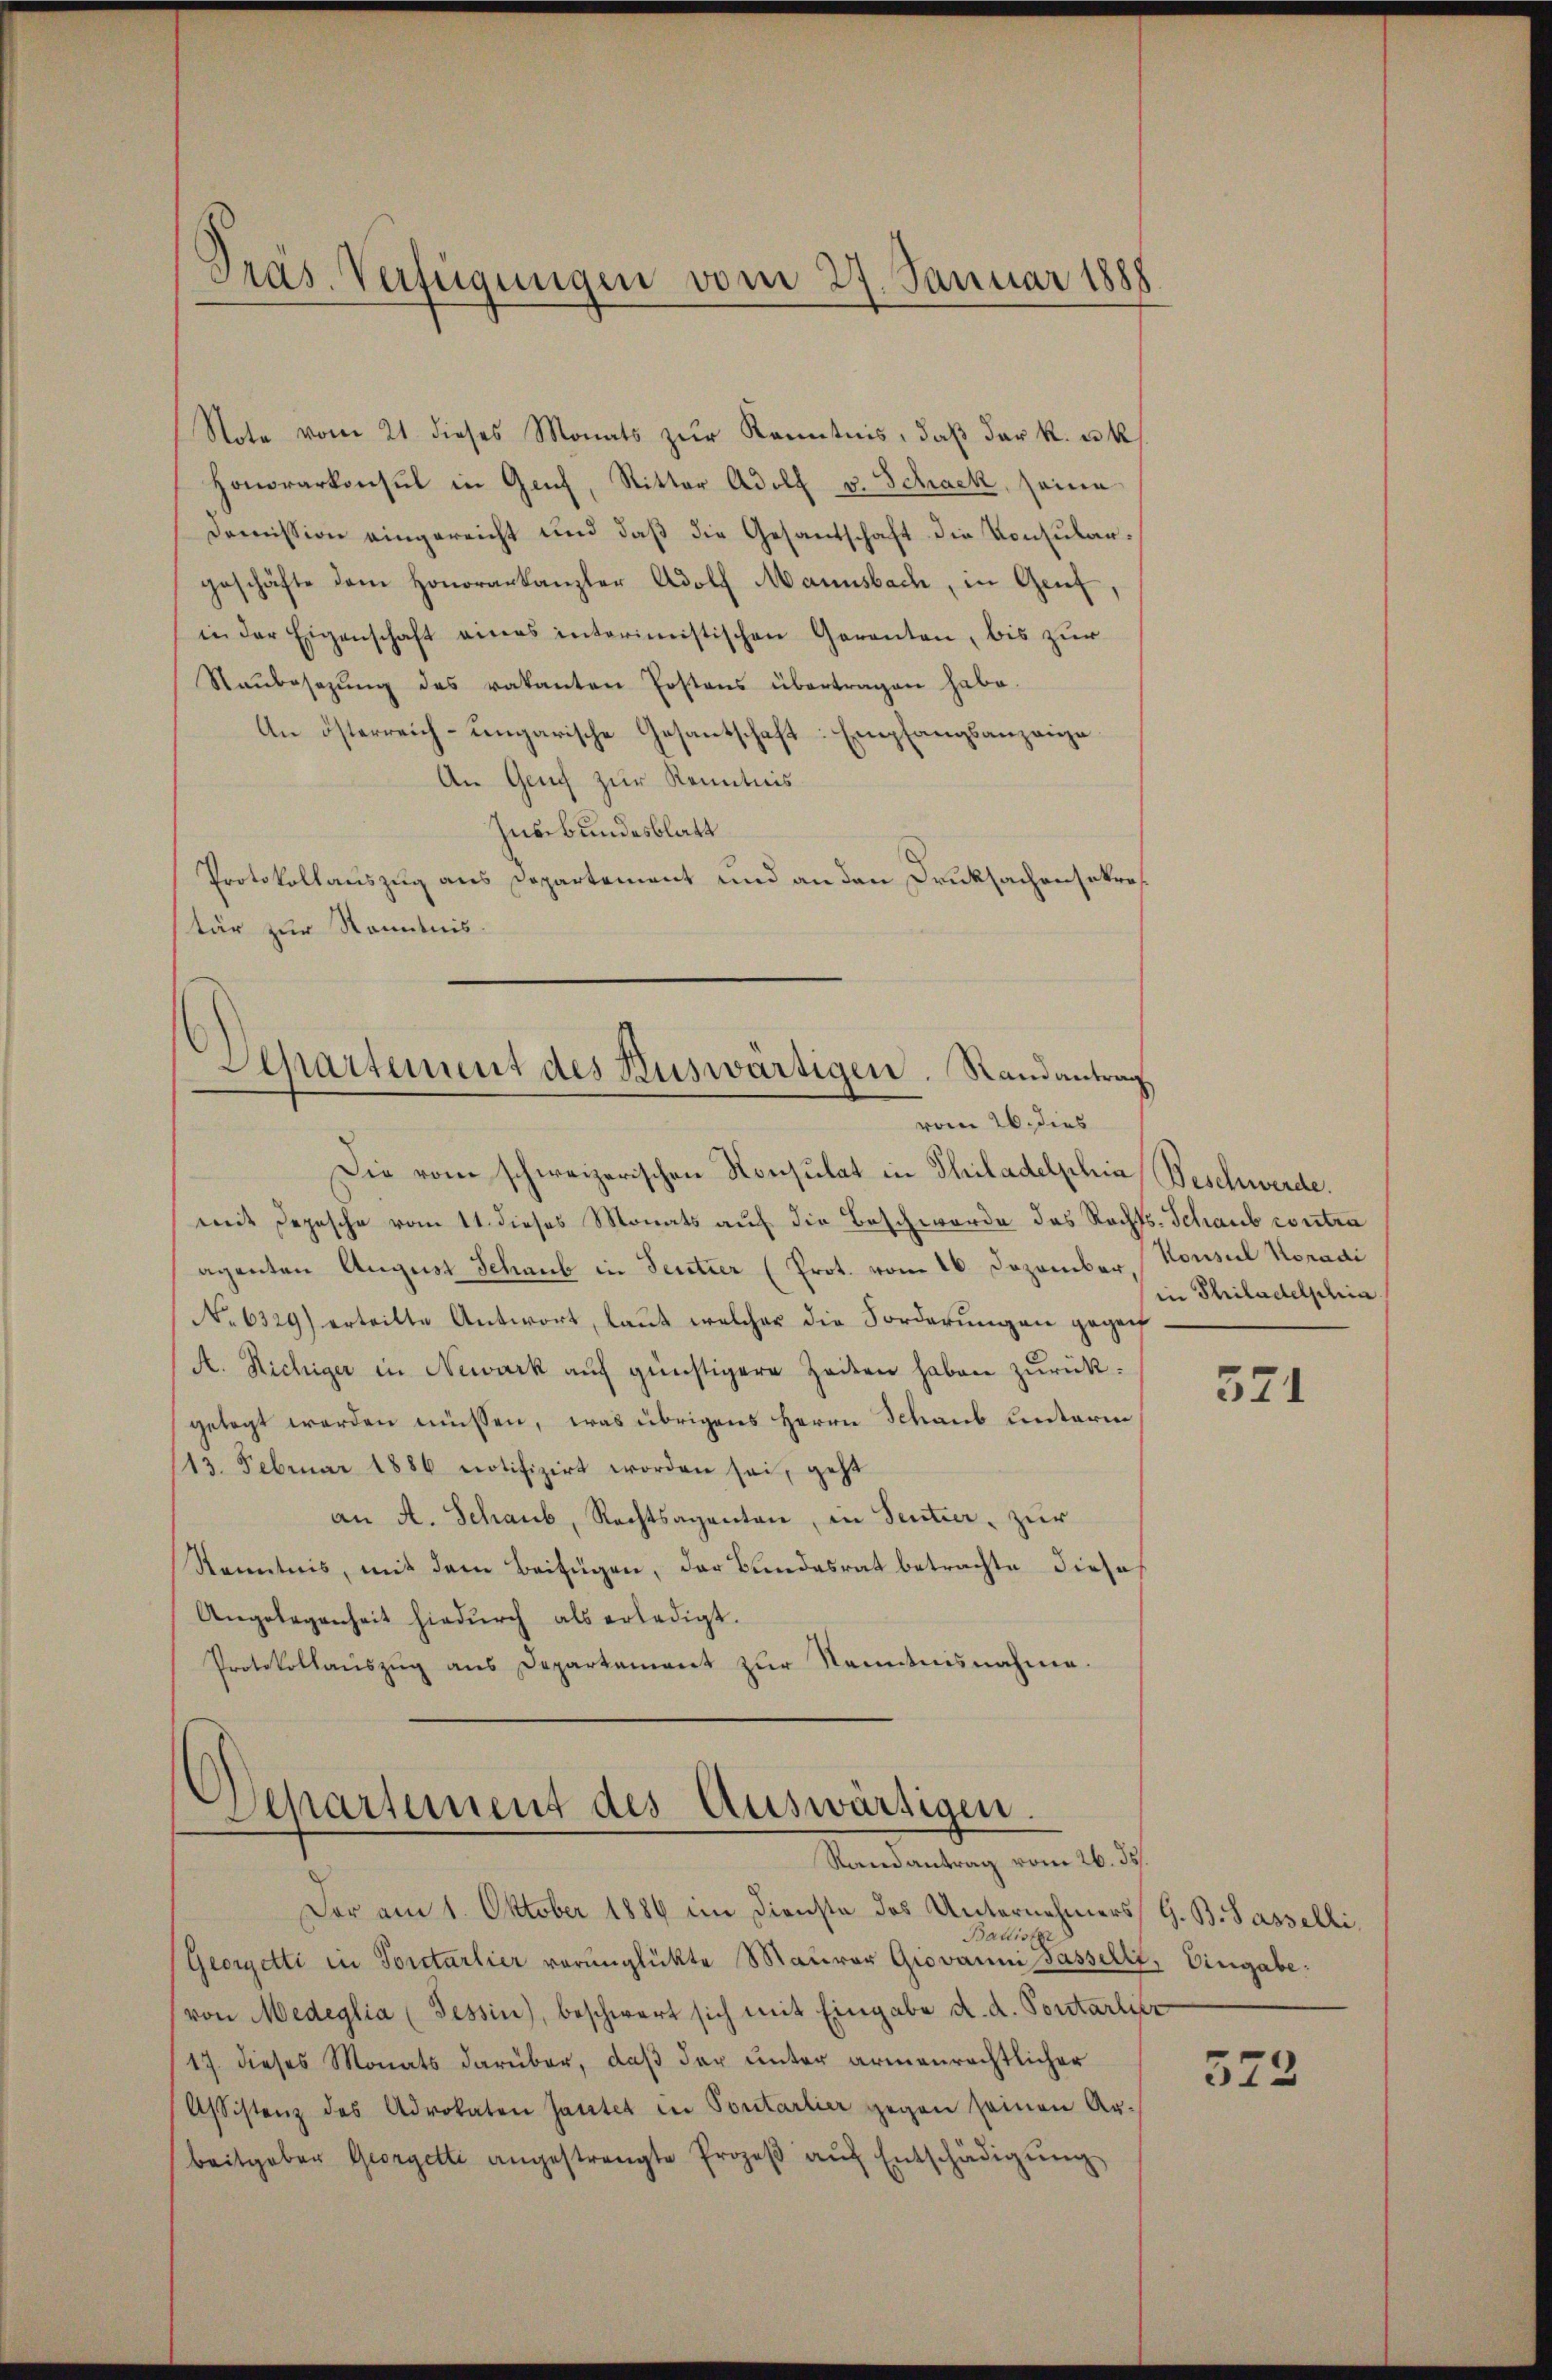
Pras Verfügungen vom 27. Januar 1888

Note vom 21. dieses Monats zŭr Kenntnis, daβ der k. u. k
Honorarkonsul in Genf, Ritter Adolf v. Schack, seine
Domission eingereicht und daß die Gesandschaft die Konsulangeschäfte dem Honorarkanzler Adolf Mannsbach, in Genf,
in der Eigenschaft eines interimistischen Garanten, bis zur
Raŭbesetzŭng des vakanten Postens übertragen habe.
An österreich-ungarische Gesantschaft: Empfangsanzeige
An Genf zur Kenntnis
Iusbundesblatt
Protokollauszug aus Departement und an den Druksachensekretär zur Kenntnis.

Departement des Auswärtigen. Randantrag
vom 26. dies

Die vom schweizerischen Konsulat in Philadelphia Beschwerde.
mit Depesche vom 11. dieses Monats auf die Beschwerde das Rechts- Schaub contra
aganten August Schaub in Sentier (Prot. vom 16. Dezember, Konsul Koradi
No 6329) erteilte Antwort, laut welcher die Forderungen gegen
A. Richiger in Newark auf günstigere Zeiten haben zŭrück.
gelegt werden müssen, was übrigens Herrn Schaub unterm
113. Februar 1886 notifizirt worden sei, geht
an A. Schaub, Rechtsagenten, in Sentier, zur
Kenntnis, mit dem Beifügen, der Bundesrat betrachte diese
Angelegenheit hiedŭrch als erledigt.
Protokollaŭszŭg ans Departament zŭr Kenntnisnahme.

Departement des Auswärtigen.
Randantrag vom 26. ds.

Der am 1. Oktober 1886 im Dienste des Unternehmers G. B. Sasselli,
Ballister
Georgetti in Portarlier verunglükte Maurer Giovanni sassert, Eingabe:
(von Medeglia (Tessin, beschwert sich mit Eingabe d. d. Pontarlier
17. dieses Monats darüber, daß der unter armenrechtlicher
Assistenz des Advokaten Gartet in Portarlier gegen seinen Ar-
beitgeber Georgetti angestrengte Prozeβ aŭf Entschädigŭng

in Philadelphia

371

522